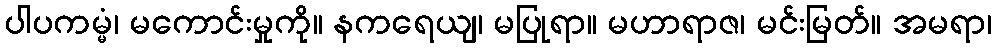
ပါပကမ္မံ၊ မကောင်းမှုကို။ နကရေယျ၊ မပြုရာ။ မဟာရာဇ၊ မင်းမြတ်။ အမရာ၊